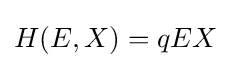
H(E,X)=qEX\!